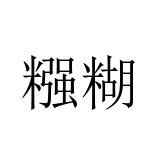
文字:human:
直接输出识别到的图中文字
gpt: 糨糊